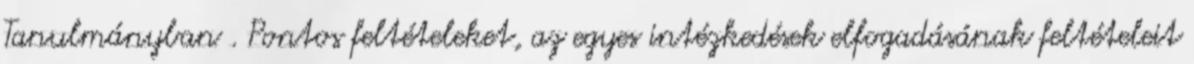
Tanulmányban . Pontos feltételeket, az egyes intézkedések elfogadásának feltételeit